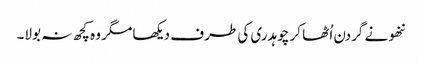
ننھو نے گردن اُٹھا کر چوہدری کی طرف دیکھا مگر وہ کچھ نہ بولا۔